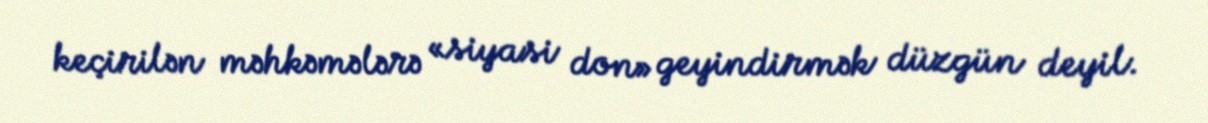
keçirilən məhkəmələrə «siyasi don» geyindirmək düzgün deyil.